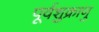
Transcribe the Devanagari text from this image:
पूर्वशुक्राणु